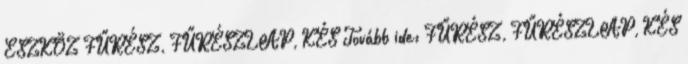
ESZKÖZ FŰRÉSZ, FŰRÉSZLAP, KÉS Tovább ide: FŰRÉSZ, FŰRÉSZLAP, KÉS